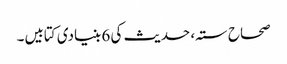
صحاح ستہ، حدیث کی 6 بنیادی کتابیں۔